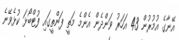
އޭނާގެ އުމުރުން 43 އަހަރު ވަންދެން އެންމެ މަތީ ފަންތީގައި ފުޓްބޯޅަ ކުޅެވޭނެ